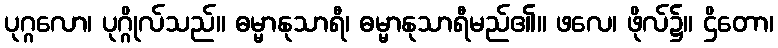
ပုဂ္ဂလော၊ ပုဂ္ဂိုလ်သည်။ ဓမ္မာနုသာရီ၊ ဓမ္မာနုသာရီမည်၏။ ဖလေ၊ ဖိုလ်၌။ ဌိတော၊